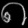
Digit: ၈